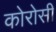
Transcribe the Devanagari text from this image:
कोरोसी